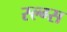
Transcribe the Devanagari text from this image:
स्ल्ग्स